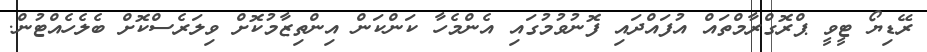
ރޭޑިޔޯ ޓީވީ ޕްރޮގްރާމްތައް އުފައްދައި ފޮނުވުމުގައި އެންމެހާ ކަންކަން އިންތިޒާމުކޮށް ވިލަރެސްކޮށް ބެލެހެއްޓުން.